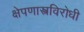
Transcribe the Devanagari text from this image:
क्षेपणास्त्रविरोधी